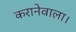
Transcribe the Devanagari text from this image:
करानेवाला।